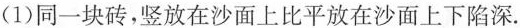
(1)同一块砖，竖放在沙面上比平放在沙面上下陷深.